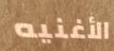
الأغنيه